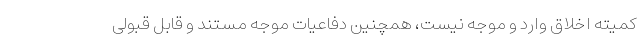
کمیته اخلاق وارد و موجه نیست، همچنین دفاعیات موجه مستند و قابل قبولی